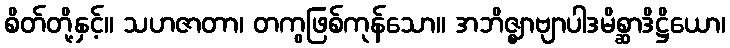
စိတ်တို့နှင့်။ သဟဇာတာ၊ တကွဖြစ်ကုန်သော။ အဘိဇ္ဈာဗျာပါဒမိစ္ဆာဒိဋ္ဌိယော၊